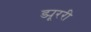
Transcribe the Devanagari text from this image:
ड्यूररी